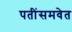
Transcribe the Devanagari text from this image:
पतींसमवेत